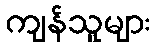
ကျန်သူများ